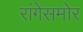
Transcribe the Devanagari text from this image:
रांगेसमोर